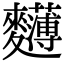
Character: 𪎄